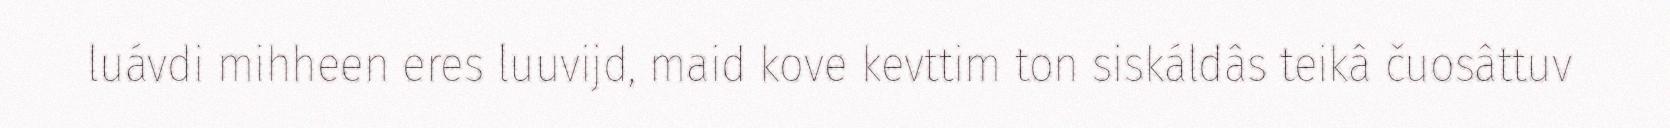
luávdi mihheen eres luuvijd, maid kove kevttim ton siskáldâs teikâ čuosâttuv